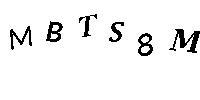
MBTS8M